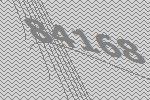
84168